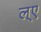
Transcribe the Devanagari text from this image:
ल्ए